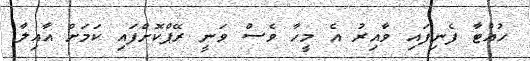
ހުއްޓާ ފެނިފައި ވާއިރު އެ މީހާ ވެސް ވަނީ ރޭޕްކޮށްފައި ކަމަށް އާއިލާ